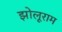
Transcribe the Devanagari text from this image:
झोलूराम